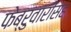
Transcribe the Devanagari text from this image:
फेब्रुवारीसह